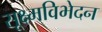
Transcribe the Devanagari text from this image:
सूक्ष्मविभेदन